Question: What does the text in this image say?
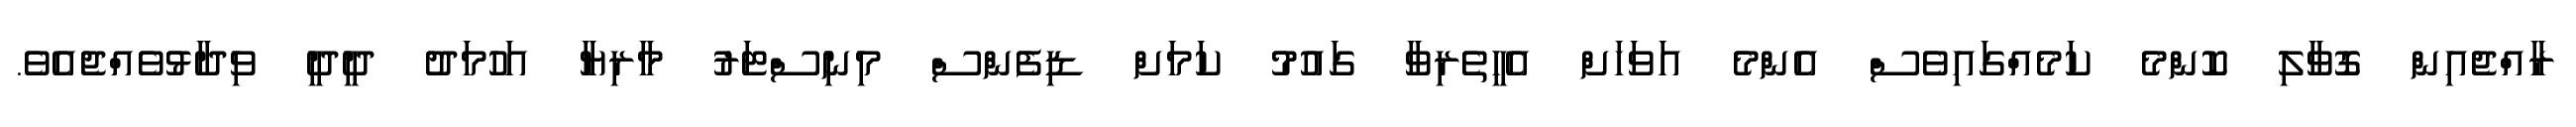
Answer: ރާއްޖެއިން ގޮވާލި ކޮންމެ ކަމެއްގައިވެސް އެންމެ އަވަހަށް އެހީތެރިވާ ގައުމު ކަމަށް ޑިފެންސް މިނިސްޓަރު މާރިޔާ އަހުމަދު ދީދީ ވިދާޅުވެއްޖެއެވެ.